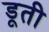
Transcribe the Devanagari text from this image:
डूती